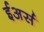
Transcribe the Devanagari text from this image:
ईअर्स